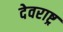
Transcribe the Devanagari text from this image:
देवराष्ट्र